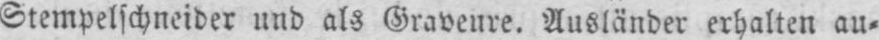
Stempelschneider und als Graveure. Ausländer erhalten au⸗